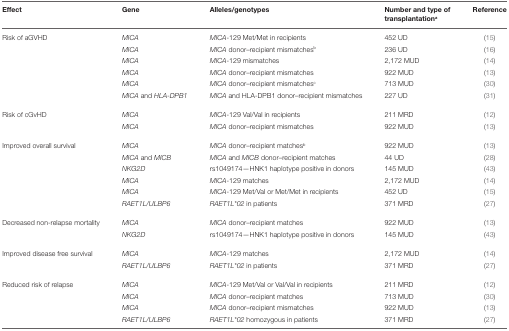
| Effect | Gene | Alleles/genotypes | Number and type of transplantationa | Reference |
 | --- | --- | --- | --- | --- |
 | <ROWSPAN=6> Risk of aGVHD | MICA | MICA-129 Met/Met in recipients | 452 UD | (15) |
 | MICA | MICA donor–recipient mismatchesb | 236 UD | (16) |
 | MICA | MICA-129 mismatches | 2,172 MUD | (14) |
 | MICA | MICA donor–recipient mismatches | 922 MUD | (13) |
 | MICA | MICA donor–recipient mismatchesc | 713 MUD | (30) |
 | MICA and HLA-DPB1 | MICA and HLA-DPB1 donor–recipient mismatches | 227 UD | (31) |
 | <ROWSPAN=2> Risk of cGvHD | MICA | MICA-129 Val/Val in recipients | 211 MRD | (12) |
 | MICA | MICA donor–recipient mismatches | 922 MUD | (13) |
 | <ROWSPAN=6> Improved overall survival | MICA | MICA donor–recipient matchesb | 922 MUD | (13) |
 | MICA and MICB | MICA and MICB donor–recipient matches | 44 UD | (28) |
 | NKG2D | rs1049174—HNK1 haplotype positive in donors | 145 MUD | (43) |
 | MICA | MICA-129 matches | 2,172 MUD | (14) |
 | MICA | MICA-129 Met/Val or Met/Met in recipients | 452 UD | (15) |
 | RAET1L/ULBP6 | RAET1L*02 in patients | 371 MRD | (27) |
 | <ROWSPAN=2> Decreased non-relapse mortality | MICA | MICA donor–recipient matches | 922 MUD | (13) |
 | NKG2D | rs1049174—HNK1 haplotype positive in donors | 145 MUD | (43) |
 | <ROWSPAN=2> Improved disease free survival | MICA | MICA-129 matches | 2,172 MUD | (14) |
 | RAET1L/ULBP6 | RAET1L*02 in patients | 371 MRD | (27) |
 | <ROWSPAN=4> Reduced risk of relapse | MICA | MICA-129 Met/Val or Val/Val in recipients | 211 MRD | (12) |
 | MICA | MICA donor–recipient matches | 713 MUD | (30) |
 | MICA | MICA donor–recipient mismatches | 922 MUD | (13) |
 | RAET1L/ULBP6 | RAET1L*02 homozygous in patients | 371 MRD | (27) |